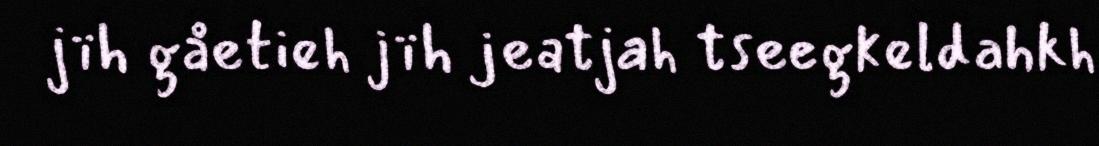
jïh gåetieh jïh jeatjah tseegkeldahkh